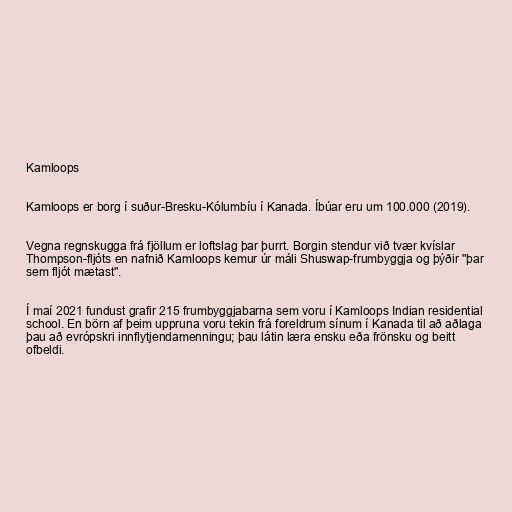
Kamloops

Kamloops er borg í suður-Bresku-Kólumbíu í Kanada. Íbúar eru um 100.000 (2019).

Vegna regnskugga frá fjöllum er loftslag þar þurrt. Borgin stendur við tvær kvíslar
Thompson-fljóts en nafnið Kamloops kemur úr máli Shuswap-frumbyggja og þýðir "þar
sem fljót mætast".

Í maí 2021 fundust grafir 215 frumbyggjabarna sem voru í Kamloops Indian residential
school. En börn af þeim uppruna voru tekin frá foreldrum sínum í Kanada til að aðlaga
þau að evrópskri innflytjendamenningu; þau látin læra ensku eða frönsku og beitt
ofbeldi.